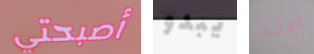
أصبحتي يبدو ليث